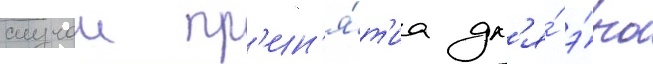
случаи пр'ин'я́т'иа дл'я́ э́ры